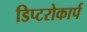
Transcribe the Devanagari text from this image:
डिप्टरोकार्प